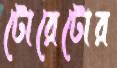
টোরেটোর